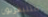
التليفزيون